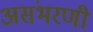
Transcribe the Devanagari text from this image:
असंभरणी